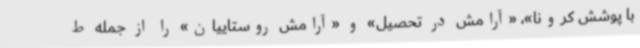
با پوشش کرونا»، «آرامش در تحصیل» و «آرامش روستاییان» را از جمله ط